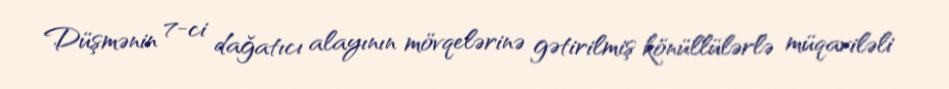
Düşmənin 7-ci dağatıcı alayının mövqelərinə gətirilmiş könüllülərlə müqaviləli